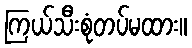
ကြယ်သီးစုံတပ်မထား။